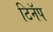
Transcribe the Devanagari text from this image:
टिनॅप